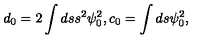
d _ { 0 } = 2 \int d s s ^ { 2 } \psi _ { 0 } ^ { 2 } , c _ { 0 } = \int d s \psi _ { 0 } ^ { 2 } ,